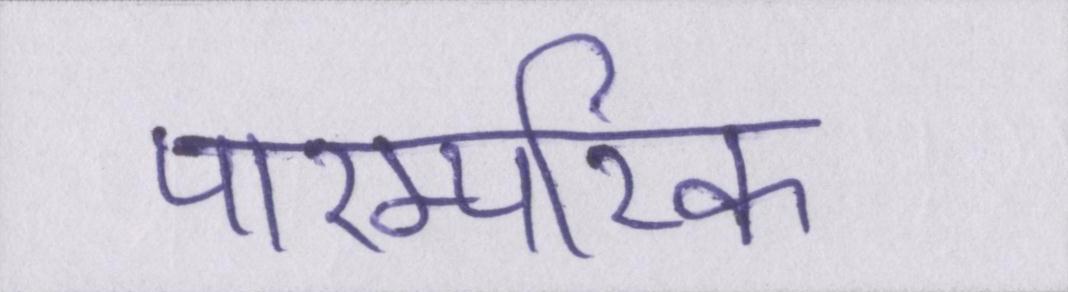
पारम्परिक